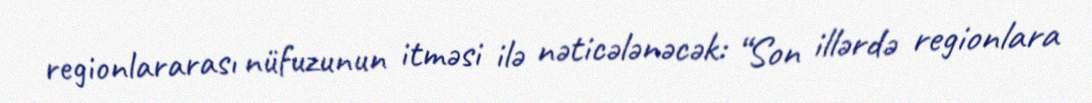
regionlararası nüfuzunun itməsi ilə nəticələnəcək: “Son illərdə regionlara